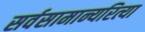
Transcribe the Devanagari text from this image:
सर्वसामान्यरित्या